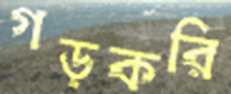
গড়করি